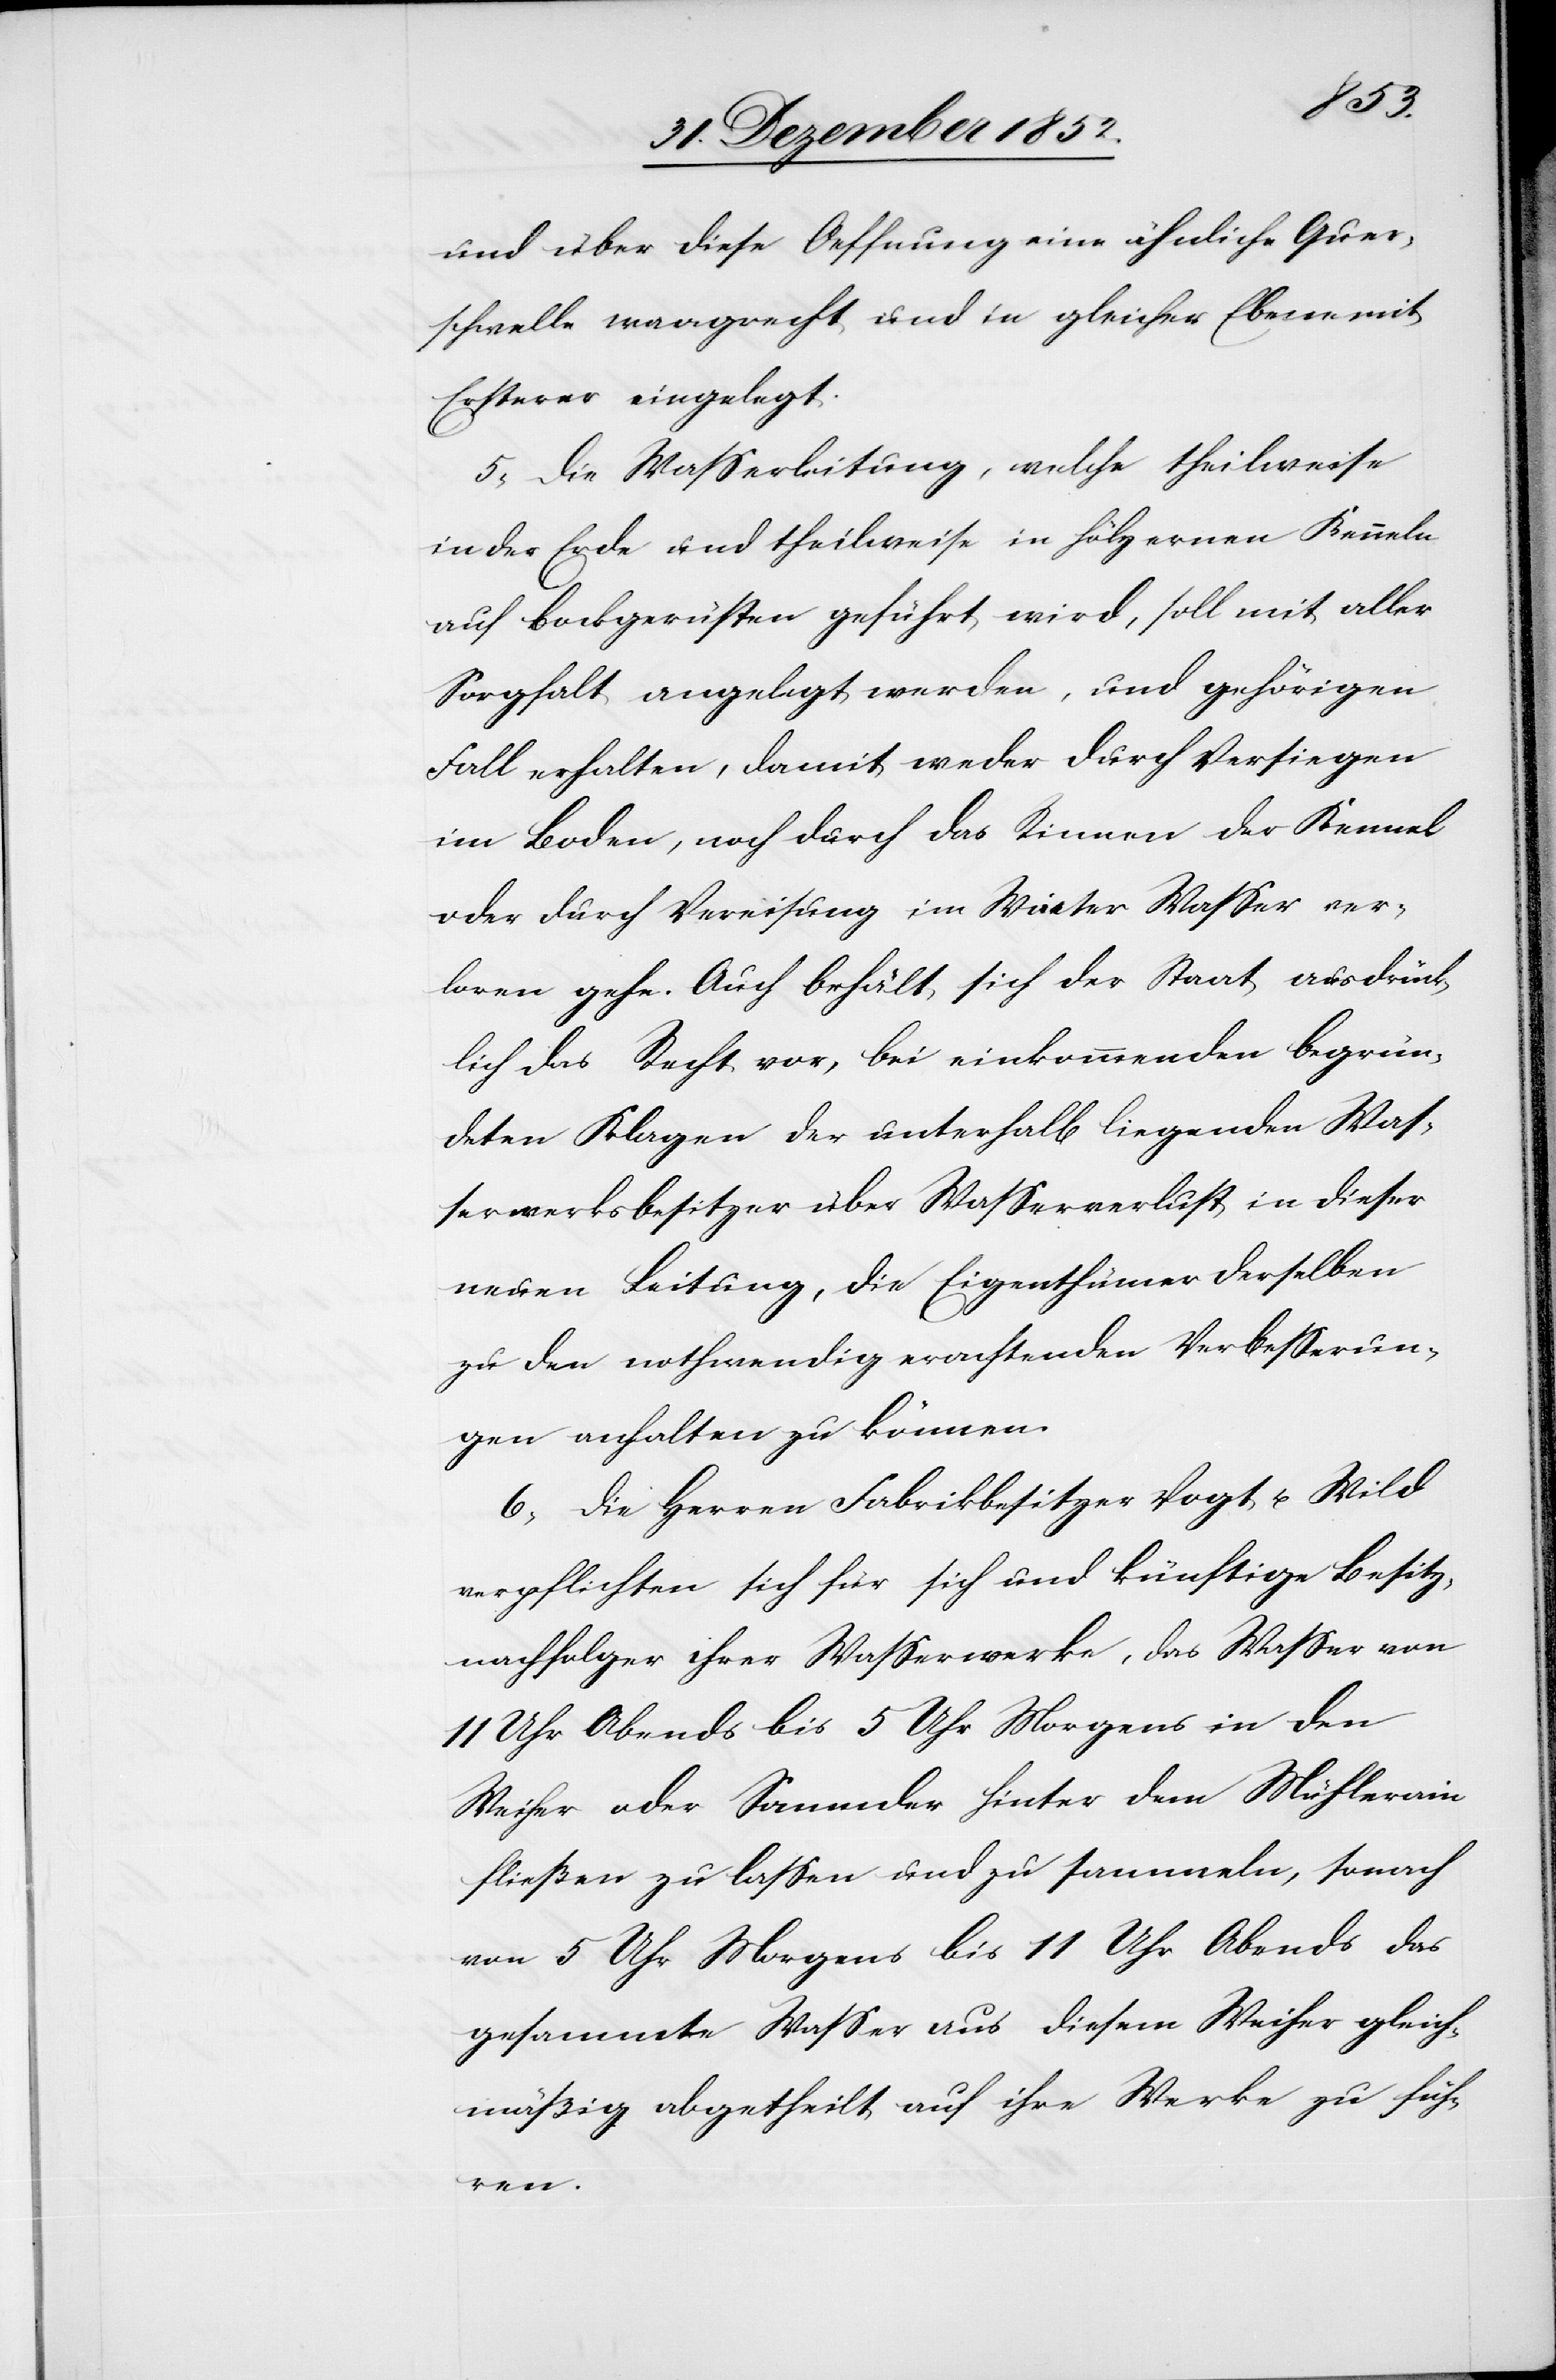
und über diese Oeffnung eine ähnliche Quer¬
schwelle waagrecht und in gleicher Ebene mit
Ersterer eingelegt.
5, Die Wasserleitung, welche theilweise
in der Erde und theilweise in hölzernen Kenneln
auf Bockgerüsten geführt wird, soll mit aller
Sorgfalt angelegt werden, und gehörigen
Fall erhalten, damit weder durch Versiegen
im Boden, noch durch das Rinnen der Kennel
oder durch Vereisung im Winter Wasser ver¬
loren gehe. Auch behält sich der Staat ausdrück¬
lich das Recht vor, bei einkommenden begrün¬
deten Klagen der unterhalb liegenden Was¬
serwerksbesitzer über Wasserverlust in dieser
neuen Leitung, die Eigenthümer derselben
zu den nothwendig erachtenden Verbesserun¬
gen anhalten zu können.
6, Die Herren Fabrikbesitzer Vogt u. Wild
verpflichten sich für sich und künftige Besitz¬
nachfolger ihrer Wasserwerke, das Wasser von
11 Uhr Abends bis 5 Uhr Morgens in den
Weiher oder Sammler hinter dem Mühlerain
fließen zu lassen und zu sammeln, sonach
von 5 Uhr Morgens bis 11 Uhr Abends das
gesammte Wasser aus diesem Weiher gleich¬
mäßig abgetheilt auf ihre Werke zu füh¬
ren.